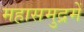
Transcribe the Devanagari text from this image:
महासमुद्रमें